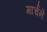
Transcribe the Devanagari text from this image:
मार्चने